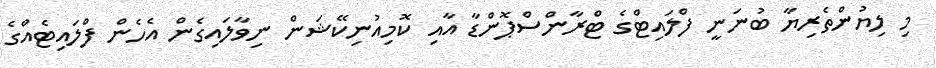
މި ލިޔުންތެރިޔާ ބުނަނީ ފްލައިޓްގެ ޓްރާންސްޕޮންޑާ އާއި ކޮމިއުނިކޭޝަން ނިވާލައިގެން އެހެން ފްލައިޓެއްގެ